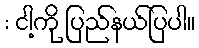
: ငါ့ကို ပြည်နယ်ပြပါ။